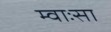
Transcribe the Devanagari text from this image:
म्वाःसा